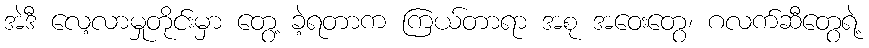
အဲဒီ လေ့လာမှုတိုင်းမှာ တွေ့ ခဲ့ရတာက ကြယ်တာရာ အစု အဝေးတွေ၊ ဂလက်ဆီတွေရဲ့